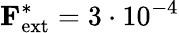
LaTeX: \textbf{F}_{\mathrm{ext}}^{*}=3\cdot 10^{-4}